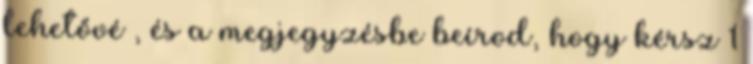
lehetővé , és a megjegyzésbe beírod, hogy kérsz 1